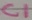
Text: C1